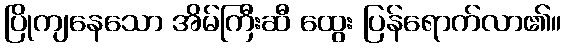
ပြိုကျနေသော အိမ်ကြီးဆီ ထွေး ပြန်ရောက်လာ၏။